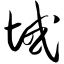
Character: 域